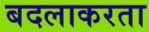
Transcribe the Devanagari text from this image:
बदलाकरता